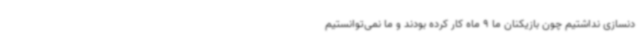
دنسازی نداشتیم چون بازیکنان ما 9 ماه کار کرده بودند و ما نمی‌توانستیم